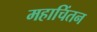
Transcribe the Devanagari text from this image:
महाचिंतन